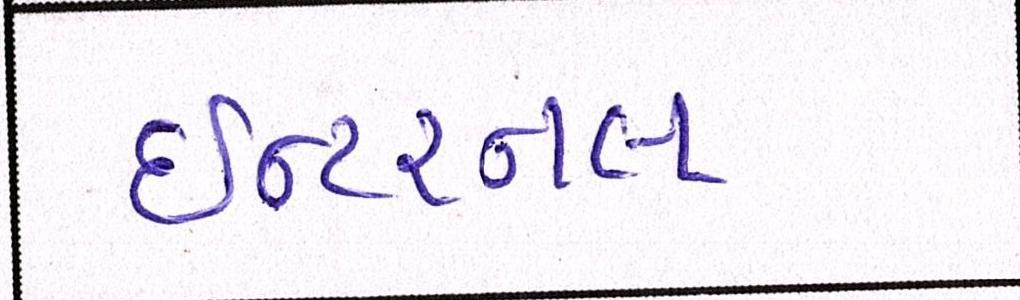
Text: ઇન્ટરનલ